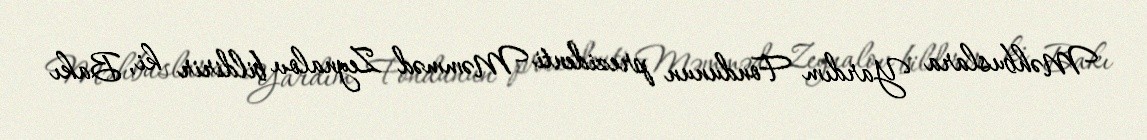
Məhbuslara Yardım Fondunun prezidenti Məmməd Zeynalov bildirir ki, Bakı